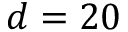
d = 2 0